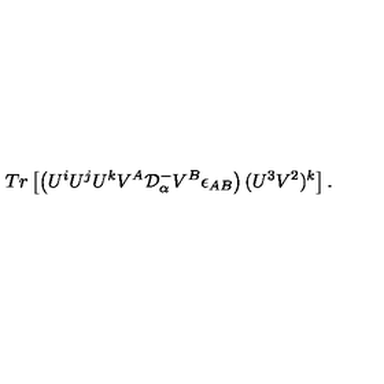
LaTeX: T r \left[ \left( U ^ { i } U ^ { j } U ^ { k } V ^ { A } { \cal D } _ { \alpha } ^ { - } V ^ { B } \epsilon _ { A B } \right) ( U ^ { 3 } V ^ { 2 } ) ^ { k } \right] .